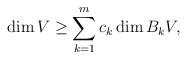
LaTeX: \begin{align*} \dim V \ge \sum_{k=1}^m c_k \dim B_k V,\end{align*}